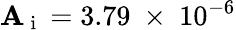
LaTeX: \mathbf{A}_{\mathrm{{~i~}}}=3.79~\times~10^{-6}